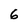
Character: 6